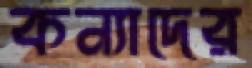
কন্যাদের